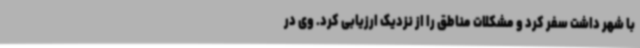
با شهر داشت سفر کرد و مشکلات مناطق را از نزدیک ارزیابی کرد. وی در